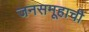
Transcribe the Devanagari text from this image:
जनसमूहाची